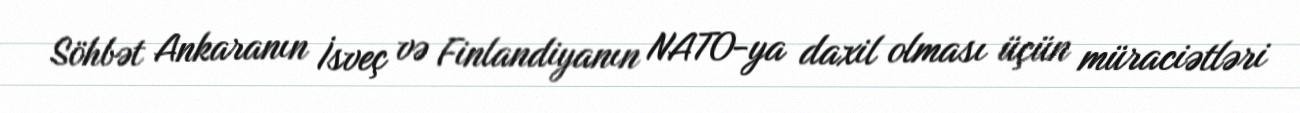
Söhbət Ankaranın İsveç və Finlandiyanın NATO-ya daxil olması üçün müraciətləri